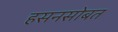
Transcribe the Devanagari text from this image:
हसनसोबत